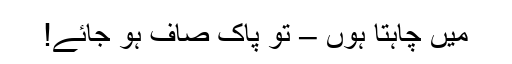
میں چاہتا ہوں – تُو پاک صاف ہو جائے!